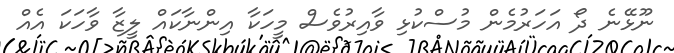
ނޫޅޭނެ ދޯ އަހަރުމެން މުސްކުޅި ވާއިރުވެސް މީހަކާ އިންނާކައް ލީޒާ ވާހަކަ އެއް